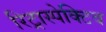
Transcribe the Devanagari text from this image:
रिट्रास्पेक्टिव